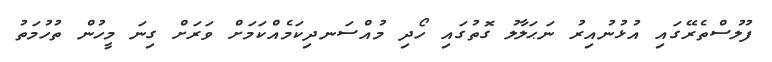
ފުލުސްތެރޭގައި އުޅުނުއިރު ނަޙަލާލު ގޮތުގައި ހޯދި މުއްސަނދިކަމެއްކަމަށް ވަރަށް ގިނަ މީހުން ތުހުމަތު